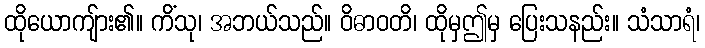
ထိုယောကျ်ား၏။ ကိံသု၊ အဘယ်သည်။ ဝိဓာဝတိ၊ ထိုမှဤမှ ပြေးသနည်း။ သံသာရံ၊